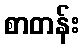
စာတန်း